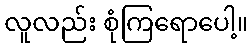
လူလည်း စုံကြရောပေါ့။